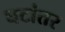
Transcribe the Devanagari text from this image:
घटांतर